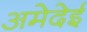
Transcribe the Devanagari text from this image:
अमेदेई